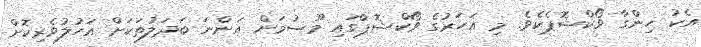
އެކު ހިންގާ ވޯކްޝޮޕެކެވެ. މި އަހަރުގެ ވޯކްޝޮޕްގައި މޫސުމަށް އަންނަ ބަދަލުތަކަށް އަހުލުވެރިކޮށް